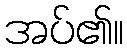
အပ်၏။